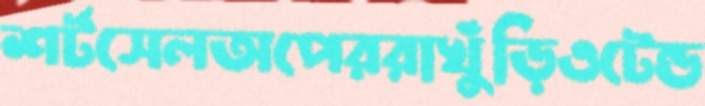
শর্টসেলঅপেররাখুঁড়িওটেন্ড